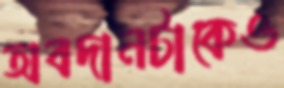
অবদানটাকেও